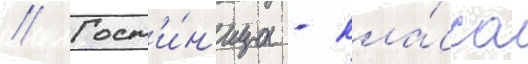
// Гост'и́н'ица - кла́сса